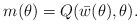
LaTeX: \begin{align*}m(\theta)=Q( {\bar w}(\theta), \theta).\end{align*}